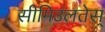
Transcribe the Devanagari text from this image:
सीमिउलतेस्